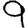
Digit: 9